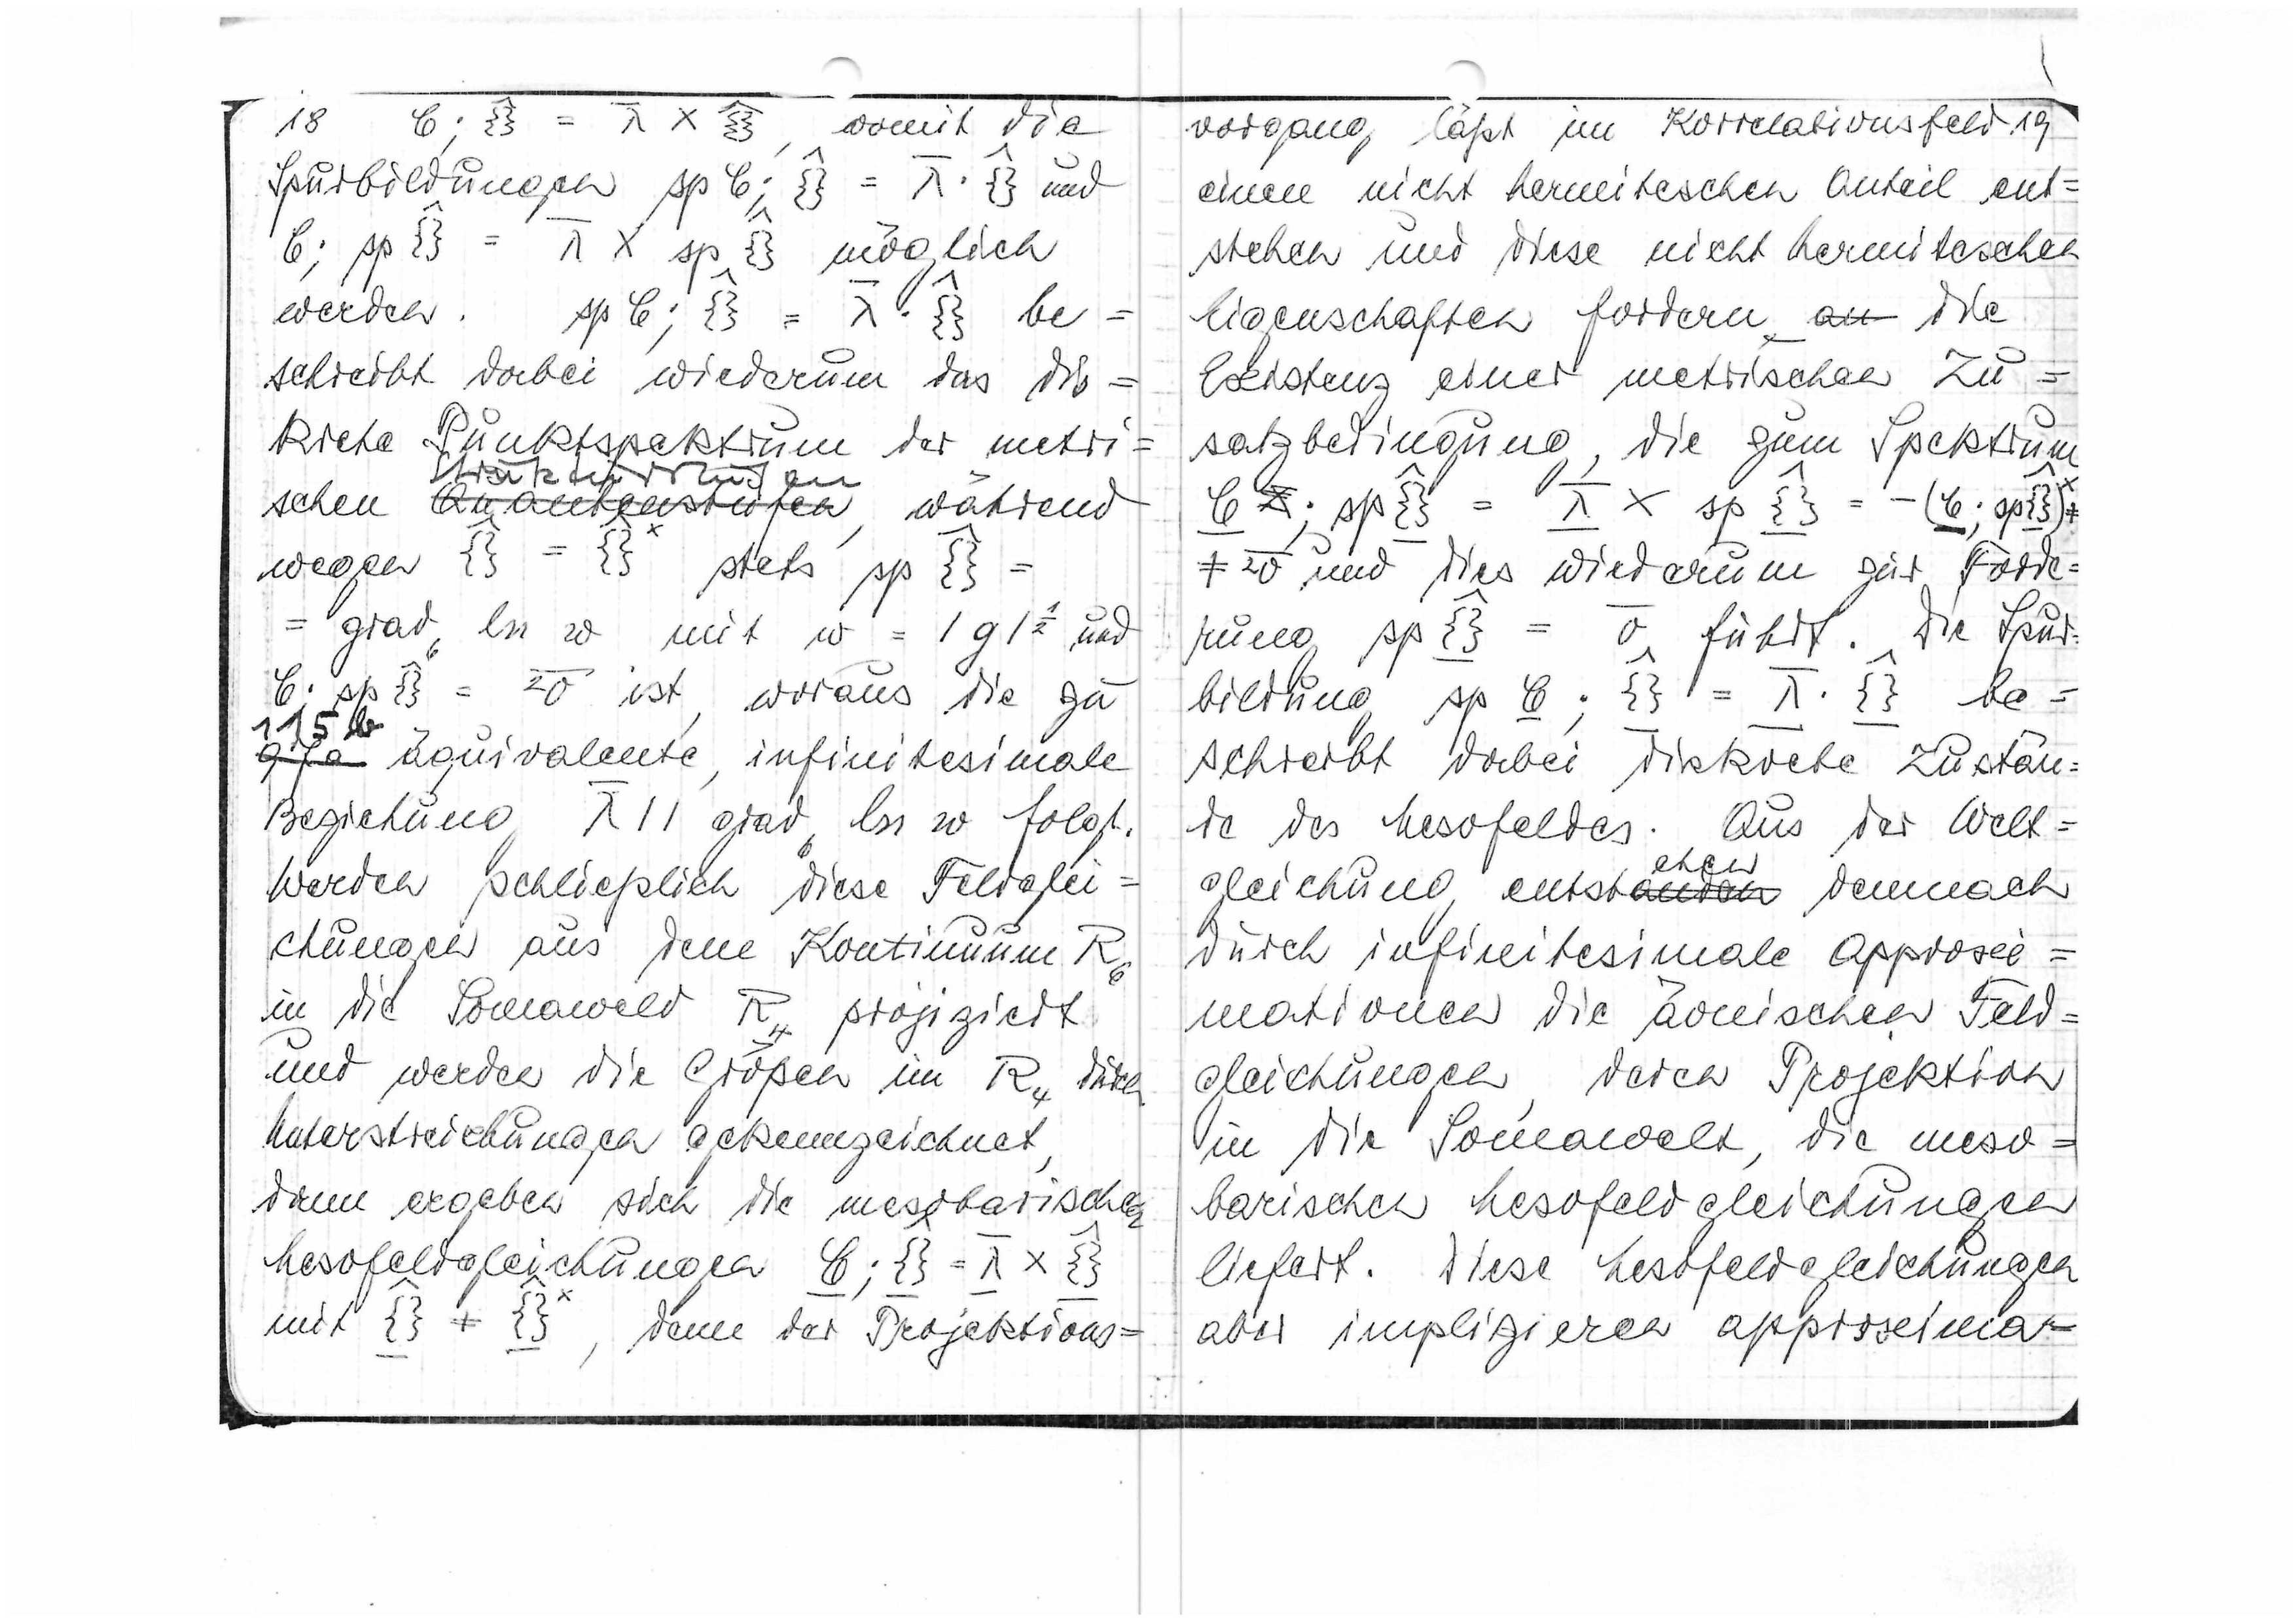
18 ξ;{} = λ x {], womit die
Spurbildungen  sp ξ;{}= λ {}und
ξ; sp {} = λ x sp {}möglich
werden. sp ξ;{}= λ {} be
schreibt dabei wiederum das dis
krete Punktspektrum der metri=
Strukturstufen
schen stufen, während
wegen {} = {} stets sp {}=
= grad ln w mit w = |g|1/2 und
ξ; sp {}= 2σ ist, woraus die zu
97a äquivalente, infinitesimale
Beziehung λ || grad ln w folgt.
Werden schließlich diese Feldglei=
chungen aus dem Kontinuum R6
in die Somawelt R4 projiziert
und werden die Größen in R4 durch
Unterstreichungen gekennzeichnet,
dann ergeben sich die mesobarischen
Mesofeldgleichungen ξ;{}=λx{}
mit {}≠ {}, denn der Projektions

vorgang läßt im Korrelationsfeld 19
einen nicht hermitischen Anteil ent=
stehen und diese nicht hermitischen
Eigenschaften fordern au die
Existenz einer metrischen Zu=
satzbedingung, die zum Spektrum
ξ; sp{} = λ x sp{} = -(ξ;sp{})≠
≠ 2σ und dies wiederum zur Forde=
rung sp{}=σ führt. Die Spur
bildung sp ξ;{}=λ{} be=
schreibt dabei diskrete Zustän
de des Mesofeldes. Aus der Welt=
ehen
gleichung entstanden demnach
durch infinitesimale Approxi=
mationen die äonischen Feld=
gleichungen durch Projektion
in die Somawelt die meso
barischen Mesofeldgleichungen
liefert. Diese Mesofeldgleichungen
aber implizieren approxima=